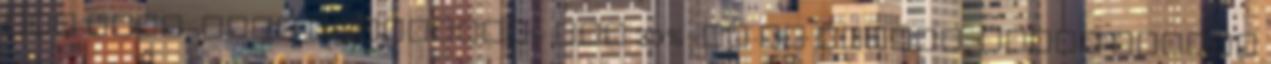
női őszi-téli válogatás- már 30%-ig Ha tenisz, akkor Wilson